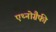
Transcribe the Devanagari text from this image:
एथ्नोग्रैफी